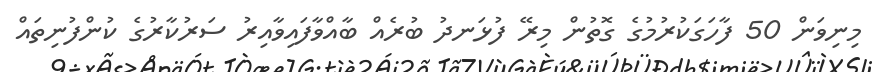
މިނިވަން 50 ފާހަގަކުރުމުގެ ގޮތުން މިރޭ ފުޅަނދު ބުރެއް ބާއްވާފައިވާއިރު ސަރުކާރުގެ ކުންފުނިތައް